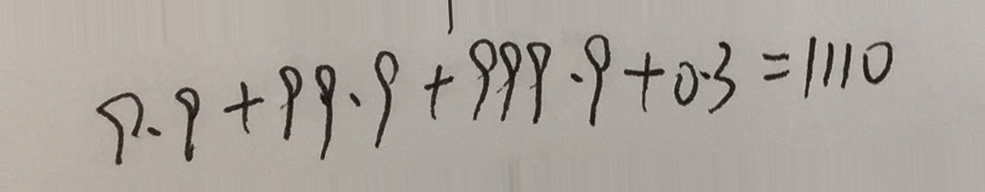
9 . 9 + 9 9 . 9 + 9 9 9 . 9 + 0 . 3 = 1 1 1 0